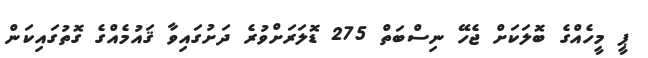
ޕީ މީހެއްގެ ބޮލަކަށް ޖެހޭ ނިސްބަތް 275 ޑޮލަރަށްވުރެ ދަށުގައިވާ ޤައުމެއްގެ ގޮތުގައިކަން